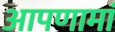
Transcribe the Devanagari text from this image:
आपणामां